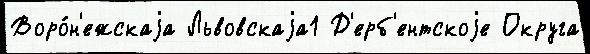
Воро́н'ежскаjа Львовскаjа1 Д'ерб'ентскоjе Округа